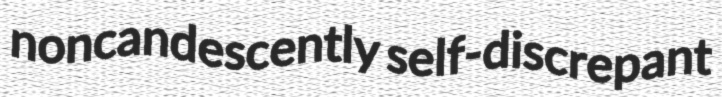
noncandescently self-discrepant